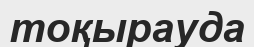
тоқырауда